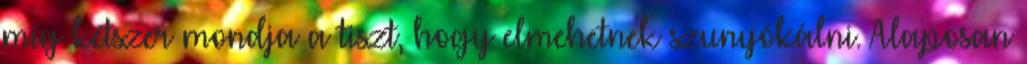
míg kétszer mondja a tiszt, hogy elmehetnek szunyókálni. Alaposan